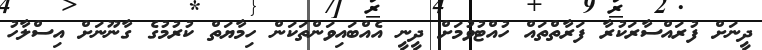
ދީނަށް ފުރައްސާރަކުރާ ފަރާތްތައް ހުއްޓުވުމަށް ދީނީ އެއްބަައިވަންތަކަން ހިމާޔަތް ކުރުމުގެ ގާނޫނަށް އިސްލާހު